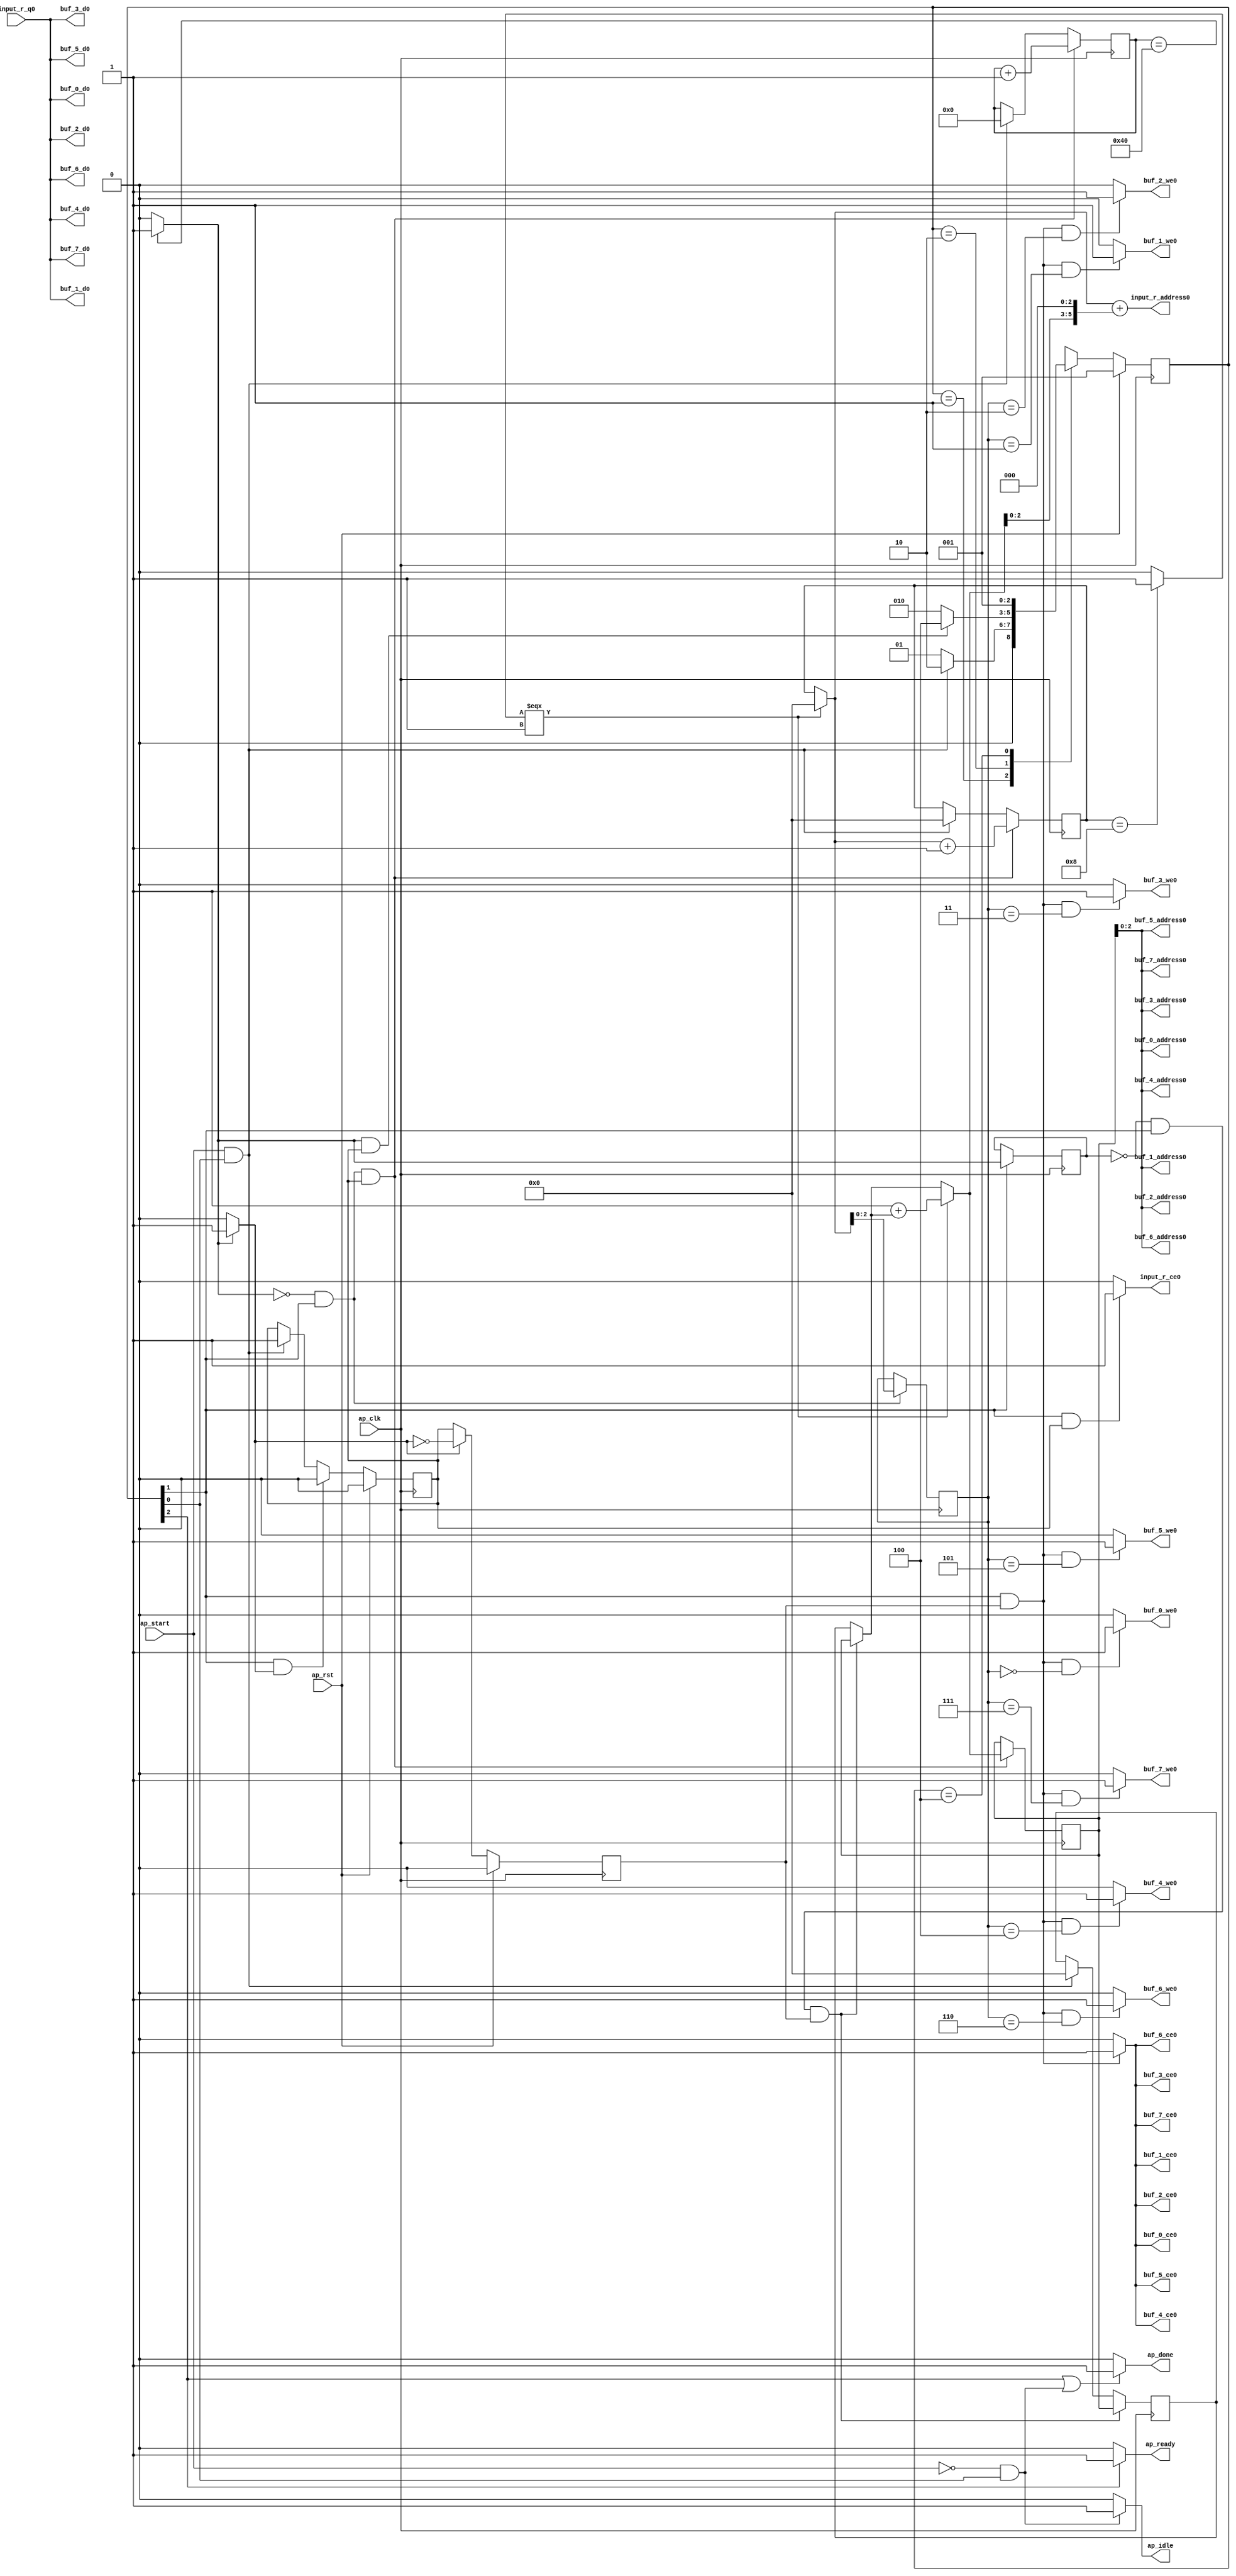
// ==============================================================
// RTL generated by Vivado(TM) HLS - High-Level Synthesis from C, C++ and SystemC
// Version: 2017.4
// Copyright (C) 1986-2017 Xilinx, Inc. All Rights Reserved.
// 
// ===========================================================

`timescale 1 ns / 1 ps 

module read_data (
        ap_clk,
        ap_rst,
        ap_start,
        ap_done,
        ap_idle,
        ap_ready,
        input_r_address0,
        input_r_ce0,
        input_r_q0,
        buf_0_address0,
        buf_0_ce0,
        buf_0_we0,
        buf_0_d0,
        buf_1_address0,
        buf_1_ce0,
        buf_1_we0,
        buf_1_d0,
        buf_2_address0,
        buf_2_ce0,
        buf_2_we0,
        buf_2_d0,
        buf_3_address0,
        buf_3_ce0,
        buf_3_we0,
        buf_3_d0,
        buf_4_address0,
        buf_4_ce0,
        buf_4_we0,
        buf_4_d0,
        buf_5_address0,
        buf_5_ce0,
        buf_5_we0,
        buf_5_d0,
        buf_6_address0,
        buf_6_ce0,
        buf_6_we0,
        buf_6_d0,
        buf_7_address0,
        buf_7_ce0,
        buf_7_we0,
        buf_7_d0
);

parameter    ap_ST_fsm_state1 = 3'd1;
parameter    ap_ST_fsm_pp0_stage0 = 3'd2;
parameter    ap_ST_fsm_state4 = 3'd4;

input   ap_clk;
input   ap_rst;
input   ap_start;
output   ap_done;
output   ap_idle;
output   ap_ready;
output  [5:0] input_r_address0;
output   input_r_ce0;
input  [15:0] input_r_q0;
output  [2:0] buf_0_address0;
output   buf_0_ce0;
output   buf_0_we0;
output  [15:0] buf_0_d0;
output  [2:0] buf_1_address0;
output   buf_1_ce0;
output   buf_1_we0;
output  [15:0] buf_1_d0;
output  [2:0] buf_2_address0;
output   buf_2_ce0;
output   buf_2_we0;
output  [15:0] buf_2_d0;
output  [2:0] buf_3_address0;
output   buf_3_ce0;
output   buf_3_we0;
output  [15:0] buf_3_d0;
output  [2:0] buf_4_address0;
output   buf_4_ce0;
output   buf_4_we0;
output  [15:0] buf_4_d0;
output  [2:0] buf_5_address0;
output   buf_5_ce0;
output   buf_5_we0;
output  [15:0] buf_5_d0;
output  [2:0] buf_6_address0;
output   buf_6_ce0;
output   buf_6_we0;
output  [15:0] buf_6_d0;
output  [2:0] buf_7_address0;
output   buf_7_ce0;
output   buf_7_we0;
output  [15:0] buf_7_d0;

reg ap_done;
reg ap_idle;
reg ap_ready;
reg input_r_ce0;
reg buf_0_ce0;
reg buf_0_we0;
reg buf_1_ce0;
reg buf_1_we0;
reg buf_2_ce0;
reg buf_2_we0;
reg buf_3_ce0;
reg buf_3_we0;
reg buf_4_ce0;
reg buf_4_we0;
reg buf_5_ce0;
reg buf_5_we0;
reg buf_6_ce0;
reg buf_6_we0;
reg buf_7_ce0;
reg buf_7_we0;

(* fsm_encoding = "none" *) reg   [2:0] ap_CS_fsm;
wire    ap_CS_fsm_state1;
reg   [6:0] indvar_flatten_reg_188;
reg   [3:0] r_reg_199;
reg   [3:0] c_reg_210;
wire   [0:0] exitcond_flatten_fu_221_p2;
reg   [0:0] exitcond_flatten_reg_309;
wire    ap_CS_fsm_pp0_stage0;
wire    ap_block_state2_pp0_stage0_iter0;
wire    ap_block_state3_pp0_stage0_iter1;
wire    ap_block_pp0_stage0_11001;
wire   [6:0] indvar_flatten_next_fu_227_p2;
reg    ap_enable_reg_pp0_iter0;
wire   [3:0] tmp_mid2_v_v_fu_253_p3;
reg   [3:0] tmp_mid2_v_v_reg_318;
wire   [2:0] tmp_2_fu_288_p1;
reg   [2:0] tmp_2_reg_329;
wire   [3:0] c_1_fu_292_p2;
wire    ap_block_pp0_stage0_subdone;
reg    ap_condition_pp0_exit_iter0_state2;
reg    ap_enable_reg_pp0_iter1;
reg   [3:0] ap_phi_mux_r_phi_fu_203_p4;
wire    ap_block_pp0_stage0;
wire   [63:0] tmp_s_fu_283_p1;
wire   [63:0] tmp_7_mid2_fu_298_p1;
wire   [0:0] exitcond_fu_239_p2;
wire   [3:0] r_1_fu_233_p2;
wire   [2:0] tmp_fu_261_p1;
wire   [3:0] c_mid2_fu_245_p3;
wire   [5:0] c_cast2_fu_273_p1;
wire   [5:0] tmp_mid2_fu_265_p3;
wire   [5:0] tmp_9_fu_277_p2;
wire    ap_CS_fsm_state4;
reg   [2:0] ap_NS_fsm;
reg    ap_idle_pp0;
wire    ap_enable_pp0;

// power-on initialization
initial begin
#0 ap_CS_fsm = 3'd1;
#0 ap_enable_reg_pp0_iter0 = 1'b0;
#0 ap_enable_reg_pp0_iter1 = 1'b0;
end

always @ (posedge ap_clk) begin
    if (ap_rst == 1'b1) begin
        ap_CS_fsm <= ap_ST_fsm_state1;
    end else begin
        ap_CS_fsm <= ap_NS_fsm;
    end
end

always @ (posedge ap_clk) begin
    if (ap_rst == 1'b1) begin
        ap_enable_reg_pp0_iter0 <= 1'b0;
    end else begin
        if (((1'b1 == ap_CS_fsm_pp0_stage0) & (1'b1 == ap_condition_pp0_exit_iter0_state2) & (1'b0 == ap_block_pp0_stage0_subdone))) begin
            ap_enable_reg_pp0_iter0 <= 1'b0;
        end else if (((ap_start == 1'b1) & (1'b1 == ap_CS_fsm_state1))) begin
            ap_enable_reg_pp0_iter0 <= 1'b1;
        end
    end
end

always @ (posedge ap_clk) begin
    if (ap_rst == 1'b1) begin
        ap_enable_reg_pp0_iter1 <= 1'b0;
    end else begin
        if (((1'b1 == ap_condition_pp0_exit_iter0_state2) & (1'b0 == ap_block_pp0_stage0_subdone))) begin
            ap_enable_reg_pp0_iter1 <= (1'b1 ^ ap_condition_pp0_exit_iter0_state2);
        end else if ((1'b0 == ap_block_pp0_stage0_subdone)) begin
            ap_enable_reg_pp0_iter1 <= ap_enable_reg_pp0_iter0;
        end else if (((ap_start == 1'b1) & (1'b1 == ap_CS_fsm_state1))) begin
            ap_enable_reg_pp0_iter1 <= 1'b0;
        end
    end
end

always @ (posedge ap_clk) begin
    if (((exitcond_flatten_fu_221_p2 == 1'd0) & (1'b1 == ap_CS_fsm_pp0_stage0) & (ap_enable_reg_pp0_iter0 == 1'b1) & (1'b0 == ap_block_pp0_stage0_11001))) begin
        c_reg_210 <= c_1_fu_292_p2;
    end else if (((ap_start == 1'b1) & (1'b1 == ap_CS_fsm_state1))) begin
        c_reg_210 <= 4'd0;
    end
end

always @ (posedge ap_clk) begin
    if (((exitcond_flatten_fu_221_p2 == 1'd0) & (1'b1 == ap_CS_fsm_pp0_stage0) & (ap_enable_reg_pp0_iter0 == 1'b1) & (1'b0 == ap_block_pp0_stage0_11001))) begin
        indvar_flatten_reg_188 <= indvar_flatten_next_fu_227_p2;
    end else if (((ap_start == 1'b1) & (1'b1 == ap_CS_fsm_state1))) begin
        indvar_flatten_reg_188 <= 7'd0;
    end
end

always @ (posedge ap_clk) begin
    if (((exitcond_flatten_reg_309 == 1'd0) & (1'b1 == ap_CS_fsm_pp0_stage0) & (ap_enable_reg_pp0_iter1 == 1'b1) & (1'b0 == ap_block_pp0_stage0_11001))) begin
        r_reg_199 <= tmp_mid2_v_v_reg_318;
    end else if (((ap_start == 1'b1) & (1'b1 == ap_CS_fsm_state1))) begin
        r_reg_199 <= 4'd0;
    end
end

always @ (posedge ap_clk) begin
    if (((1'b1 == ap_CS_fsm_pp0_stage0) & (1'b0 == ap_block_pp0_stage0_11001))) begin
        exitcond_flatten_reg_309 <= exitcond_flatten_fu_221_p2;
    end
end

always @ (posedge ap_clk) begin
    if (((exitcond_flatten_fu_221_p2 == 1'd0) & (1'b1 == ap_CS_fsm_pp0_stage0) & (1'b0 == ap_block_pp0_stage0_11001))) begin
        tmp_2_reg_329 <= tmp_2_fu_288_p1;
    end
end

always @ (posedge ap_clk) begin
    if (((exitcond_flatten_fu_221_p2 == 1'd0) & (1'b1 == ap_CS_fsm_pp0_stage0) & (ap_enable_reg_pp0_iter0 == 1'b1) & (1'b0 == ap_block_pp0_stage0_11001))) begin
        tmp_mid2_v_v_reg_318 <= tmp_mid2_v_v_fu_253_p3;
    end
end

always @ (*) begin
    if ((exitcond_flatten_fu_221_p2 == 1'd1)) begin
        ap_condition_pp0_exit_iter0_state2 = 1'b1;
    end else begin
        ap_condition_pp0_exit_iter0_state2 = 1'b0;
    end
end

always @ (*) begin
    if (((1'b1 == ap_CS_fsm_state4) | ((ap_start == 1'b0) & (1'b1 == ap_CS_fsm_state1)))) begin
        ap_done = 1'b1;
    end else begin
        ap_done = 1'b0;
    end
end

always @ (*) begin
    if (((ap_start == 1'b0) & (1'b1 == ap_CS_fsm_state1))) begin
        ap_idle = 1'b1;
    end else begin
        ap_idle = 1'b0;
    end
end

always @ (*) begin
    if (((ap_enable_reg_pp0_iter1 == 1'b0) & (ap_enable_reg_pp0_iter0 == 1'b0))) begin
        ap_idle_pp0 = 1'b1;
    end else begin
        ap_idle_pp0 = 1'b0;
    end
end

always @ (*) begin
    if (((exitcond_flatten_reg_309 == 1'd0) & (1'b1 == ap_CS_fsm_pp0_stage0) & (ap_enable_reg_pp0_iter1 == 1'b1) & (1'b0 == ap_block_pp0_stage0))) begin
        ap_phi_mux_r_phi_fu_203_p4 = tmp_mid2_v_v_reg_318;
    end else begin
        ap_phi_mux_r_phi_fu_203_p4 = r_reg_199;
    end
end

always @ (*) begin
    if ((1'b1 == ap_CS_fsm_state4)) begin
        ap_ready = 1'b1;
    end else begin
        ap_ready = 1'b0;
    end
end

always @ (*) begin
    if (((1'b1 == ap_CS_fsm_pp0_stage0) & (ap_enable_reg_pp0_iter1 == 1'b1) & (1'b0 == ap_block_pp0_stage0_11001))) begin
        buf_0_ce0 = 1'b1;
    end else begin
        buf_0_ce0 = 1'b0;
    end
end

always @ (*) begin
    if (((1'b1 == ap_CS_fsm_pp0_stage0) & (ap_enable_reg_pp0_iter1 == 1'b1) & (tmp_2_reg_329 == 3'd0) & (1'b0 == ap_block_pp0_stage0_11001))) begin
        buf_0_we0 = 1'b1;
    end else begin
        buf_0_we0 = 1'b0;
    end
end

always @ (*) begin
    if (((1'b1 == ap_CS_fsm_pp0_stage0) & (ap_enable_reg_pp0_iter1 == 1'b1) & (1'b0 == ap_block_pp0_stage0_11001))) begin
        buf_1_ce0 = 1'b1;
    end else begin
        buf_1_ce0 = 1'b0;
    end
end

always @ (*) begin
    if (((1'b1 == ap_CS_fsm_pp0_stage0) & (ap_enable_reg_pp0_iter1 == 1'b1) & (tmp_2_reg_329 == 3'd1) & (1'b0 == ap_block_pp0_stage0_11001))) begin
        buf_1_we0 = 1'b1;
    end else begin
        buf_1_we0 = 1'b0;
    end
end

always @ (*) begin
    if (((1'b1 == ap_CS_fsm_pp0_stage0) & (ap_enable_reg_pp0_iter1 == 1'b1) & (1'b0 == ap_block_pp0_stage0_11001))) begin
        buf_2_ce0 = 1'b1;
    end else begin
        buf_2_ce0 = 1'b0;
    end
end

always @ (*) begin
    if (((1'b1 == ap_CS_fsm_pp0_stage0) & (ap_enable_reg_pp0_iter1 == 1'b1) & (tmp_2_reg_329 == 3'd2) & (1'b0 == ap_block_pp0_stage0_11001))) begin
        buf_2_we0 = 1'b1;
    end else begin
        buf_2_we0 = 1'b0;
    end
end

always @ (*) begin
    if (((1'b1 == ap_CS_fsm_pp0_stage0) & (ap_enable_reg_pp0_iter1 == 1'b1) & (1'b0 == ap_block_pp0_stage0_11001))) begin
        buf_3_ce0 = 1'b1;
    end else begin
        buf_3_ce0 = 1'b0;
    end
end

always @ (*) begin
    if (((1'b1 == ap_CS_fsm_pp0_stage0) & (ap_enable_reg_pp0_iter1 == 1'b1) & (tmp_2_reg_329 == 3'd3) & (1'b0 == ap_block_pp0_stage0_11001))) begin
        buf_3_we0 = 1'b1;
    end else begin
        buf_3_we0 = 1'b0;
    end
end

always @ (*) begin
    if (((1'b1 == ap_CS_fsm_pp0_stage0) & (ap_enable_reg_pp0_iter1 == 1'b1) & (1'b0 == ap_block_pp0_stage0_11001))) begin
        buf_4_ce0 = 1'b1;
    end else begin
        buf_4_ce0 = 1'b0;
    end
end

always @ (*) begin
    if (((1'b1 == ap_CS_fsm_pp0_stage0) & (ap_enable_reg_pp0_iter1 == 1'b1) & (tmp_2_reg_329 == 3'd4) & (1'b0 == ap_block_pp0_stage0_11001))) begin
        buf_4_we0 = 1'b1;
    end else begin
        buf_4_we0 = 1'b0;
    end
end

always @ (*) begin
    if (((1'b1 == ap_CS_fsm_pp0_stage0) & (ap_enable_reg_pp0_iter1 == 1'b1) & (1'b0 == ap_block_pp0_stage0_11001))) begin
        buf_5_ce0 = 1'b1;
    end else begin
        buf_5_ce0 = 1'b0;
    end
end

always @ (*) begin
    if (((1'b1 == ap_CS_fsm_pp0_stage0) & (ap_enable_reg_pp0_iter1 == 1'b1) & (tmp_2_reg_329 == 3'd5) & (1'b0 == ap_block_pp0_stage0_11001))) begin
        buf_5_we0 = 1'b1;
    end else begin
        buf_5_we0 = 1'b0;
    end
end

always @ (*) begin
    if (((1'b1 == ap_CS_fsm_pp0_stage0) & (ap_enable_reg_pp0_iter1 == 1'b1) & (1'b0 == ap_block_pp0_stage0_11001))) begin
        buf_6_ce0 = 1'b1;
    end else begin
        buf_6_ce0 = 1'b0;
    end
end

always @ (*) begin
    if (((1'b1 == ap_CS_fsm_pp0_stage0) & (ap_enable_reg_pp0_iter1 == 1'b1) & (tmp_2_reg_329 == 3'd6) & (1'b0 == ap_block_pp0_stage0_11001))) begin
        buf_6_we0 = 1'b1;
    end else begin
        buf_6_we0 = 1'b0;
    end
end

always @ (*) begin
    if (((1'b1 == ap_CS_fsm_pp0_stage0) & (ap_enable_reg_pp0_iter1 == 1'b1) & (1'b0 == ap_block_pp0_stage0_11001))) begin
        buf_7_ce0 = 1'b1;
    end else begin
        buf_7_ce0 = 1'b0;
    end
end

always @ (*) begin
    if (((1'b1 == ap_CS_fsm_pp0_stage0) & (ap_enable_reg_pp0_iter1 == 1'b1) & (tmp_2_reg_329 == 3'd7) & (1'b0 == ap_block_pp0_stage0_11001))) begin
        buf_7_we0 = 1'b1;
    end else begin
        buf_7_we0 = 1'b0;
    end
end

always @ (*) begin
    if (((1'b1 == ap_CS_fsm_pp0_stage0) & (ap_enable_reg_pp0_iter0 == 1'b1) & (1'b0 == ap_block_pp0_stage0_11001))) begin
        input_r_ce0 = 1'b1;
    end else begin
        input_r_ce0 = 1'b0;
    end
end

always @ (*) begin
    case (ap_CS_fsm)
        ap_ST_fsm_state1 : begin
            if (((ap_start == 1'b1) & (1'b1 == ap_CS_fsm_state1))) begin
                ap_NS_fsm = ap_ST_fsm_pp0_stage0;
            end else begin
                ap_NS_fsm = ap_ST_fsm_state1;
            end
        end
        ap_ST_fsm_pp0_stage0 : begin
            if (~((exitcond_flatten_fu_221_p2 == 1'd1) & (ap_enable_reg_pp0_iter0 == 1'b1) & (1'b0 == ap_block_pp0_stage0_subdone))) begin
                ap_NS_fsm = ap_ST_fsm_pp0_stage0;
            end else if (((exitcond_flatten_fu_221_p2 == 1'd1) & (ap_enable_reg_pp0_iter0 == 1'b1) & (1'b0 == ap_block_pp0_stage0_subdone))) begin
                ap_NS_fsm = ap_ST_fsm_state4;
            end else begin
                ap_NS_fsm = ap_ST_fsm_pp0_stage0;
            end
        end
        ap_ST_fsm_state4 : begin
            ap_NS_fsm = ap_ST_fsm_state1;
        end
        default : begin
            ap_NS_fsm = 'bx;
        end
    endcase
end

assign ap_CS_fsm_pp0_stage0 = ap_CS_fsm[32'd1];

assign ap_CS_fsm_state1 = ap_CS_fsm[32'd0];

assign ap_CS_fsm_state4 = ap_CS_fsm[32'd2];

assign ap_block_pp0_stage0 = ~(1'b1 == 1'b1);

assign ap_block_pp0_stage0_11001 = ~(1'b1 == 1'b1);

assign ap_block_pp0_stage0_subdone = ~(1'b1 == 1'b1);

assign ap_block_state2_pp0_stage0_iter0 = ~(1'b1 == 1'b1);

assign ap_block_state3_pp0_stage0_iter1 = ~(1'b1 == 1'b1);

assign ap_enable_pp0 = (ap_idle_pp0 ^ 1'b1);

assign buf_0_address0 = tmp_7_mid2_fu_298_p1;

assign buf_0_d0 = input_r_q0;

assign buf_1_address0 = tmp_7_mid2_fu_298_p1;

assign buf_1_d0 = input_r_q0;

assign buf_2_address0 = tmp_7_mid2_fu_298_p1;

assign buf_2_d0 = input_r_q0;

assign buf_3_address0 = tmp_7_mid2_fu_298_p1;

assign buf_3_d0 = input_r_q0;

assign buf_4_address0 = tmp_7_mid2_fu_298_p1;

assign buf_4_d0 = input_r_q0;

assign buf_5_address0 = tmp_7_mid2_fu_298_p1;

assign buf_5_d0 = input_r_q0;

assign buf_6_address0 = tmp_7_mid2_fu_298_p1;

assign buf_6_d0 = input_r_q0;

assign buf_7_address0 = tmp_7_mid2_fu_298_p1;

assign buf_7_d0 = input_r_q0;

assign c_1_fu_292_p2 = (c_mid2_fu_245_p3 + 4'd1);

assign c_cast2_fu_273_p1 = c_mid2_fu_245_p3;

assign c_mid2_fu_245_p3 = ((exitcond_fu_239_p2[0:0] === 1'b1) ? 4'd0 : c_reg_210);

assign exitcond_flatten_fu_221_p2 = ((indvar_flatten_reg_188 == 7'd64) ? 1'b1 : 1'b0);

assign exitcond_fu_239_p2 = ((c_reg_210 == 4'd8) ? 1'b1 : 1'b0);

assign indvar_flatten_next_fu_227_p2 = (indvar_flatten_reg_188 + 7'd1);

assign input_r_address0 = tmp_s_fu_283_p1;

assign r_1_fu_233_p2 = (4'd1 + ap_phi_mux_r_phi_fu_203_p4);

assign tmp_2_fu_288_p1 = c_mid2_fu_245_p3[2:0];

assign tmp_7_mid2_fu_298_p1 = tmp_mid2_v_v_reg_318;

assign tmp_9_fu_277_p2 = (c_cast2_fu_273_p1 + tmp_mid2_fu_265_p3);

assign tmp_fu_261_p1 = tmp_mid2_v_v_fu_253_p3[2:0];

assign tmp_mid2_fu_265_p3 = {{tmp_fu_261_p1}, {3'd0}};

assign tmp_mid2_v_v_fu_253_p3 = ((exitcond_fu_239_p2[0:0] === 1'b1) ? r_1_fu_233_p2 : ap_phi_mux_r_phi_fu_203_p4);

assign tmp_s_fu_283_p1 = tmp_9_fu_277_p2;

endmodule //read_data